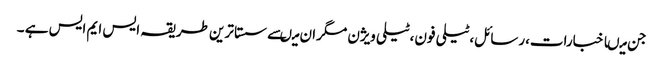
جن میںاخبارات،رسائل،ٹیلی فون،ٹیلی ویژن مگران میںسے سستا ترین طریقہ ایس ایم ایس ہے ۔